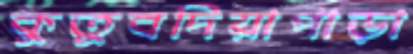
কুতুবদিয়াপাড়া